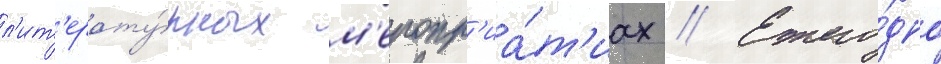
л'ит'ерату́рных м'еропр'иа́т'иах // Ежего́дно